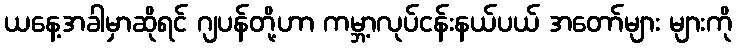
ယနေ့အခါမှာဆိုရင် ဂျပန်တို့ဟာ ကမ္ဘာ့လုပ်ငန်းနယ်ပယ် အတော်များ များကို